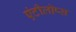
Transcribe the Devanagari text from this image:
एंटीलोप्स